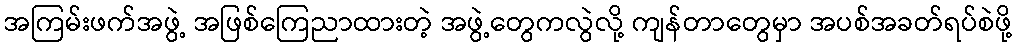
အကြမ်းဖက်အဖွဲ့ အဖြစ်ကြေညာထားတဲ့ အဖွဲ့တွေကလွဲလို့ ကျန်တာတွေမှာ အပစ်အခတ်ရပ်စဲဖို့